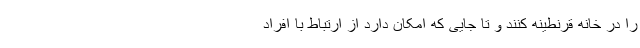
را در خانه قرنطینه کنند و تا جایی که امکان دارد از ارتباط با افراد